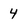
Character: 4